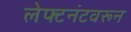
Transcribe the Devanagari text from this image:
लेफ्टनंटवरून